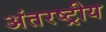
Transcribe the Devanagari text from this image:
अंतरष्ट्रीय